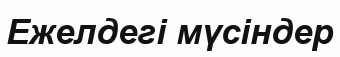
Ежелдегі мүсіндер